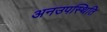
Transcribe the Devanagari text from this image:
अनउपस्थिति